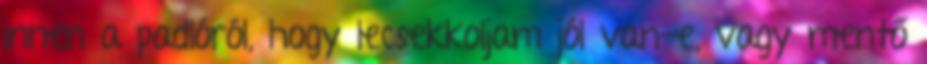
innen a padlóról, hogy lecsekkoljam jól van-e, vagy mentő